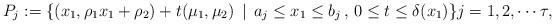
LaTeX: \begin{align*}P_{j}:=\{(x_{1},\rho_{1}x_{1}+\rho_{2})+t(\mu_{1},\mu_{2})\,\mid\, a_{j}\le x_{1}\le b_{j}\,,\,0\le t\le\delta(x_{1})\}j=1,2,\cdots\tau,\end{align*}